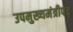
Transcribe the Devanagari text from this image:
उपमुख्यमंत्रीपद